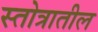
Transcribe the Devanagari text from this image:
स्तोत्रातील